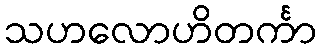
သဟလောဟိတင်္ကာ